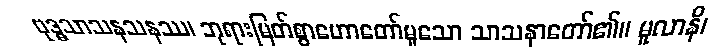
ဗုဒ္ဓသာသနသနဿ၊ ဘုရားမြတ်စွာဟောတော်မူသော သာသနာတော်၏။ မူလာနိ၊